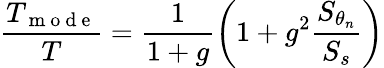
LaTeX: \frac{T_{\mathrm{~m~o~d~e~}}}{T}=\frac{1}{1+g}\left(1+g^{2}\frac{S_{\theta_{n}}}{S_{s}}\right)